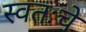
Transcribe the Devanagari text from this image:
स्वतःचे